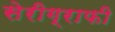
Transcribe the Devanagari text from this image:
सेरीग्राफी